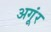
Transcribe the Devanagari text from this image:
अगूंर